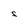
Character: S